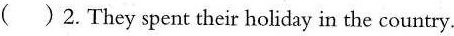
()2. They spent their holiday in the country.